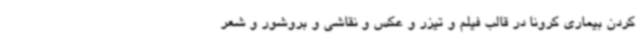
کردن بیماری کرونا در قالب فیلم و تیزر و عکس و نقاشی و بروشور و شعر